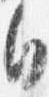
日